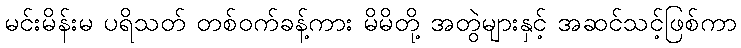
မင်းမိန်းမ ပရိသတ် တစ်ဝက်ခန့်ကား မိမိတို့ အတွဲများနှင့် အဆင်သင့်ဖြစ်ကာ